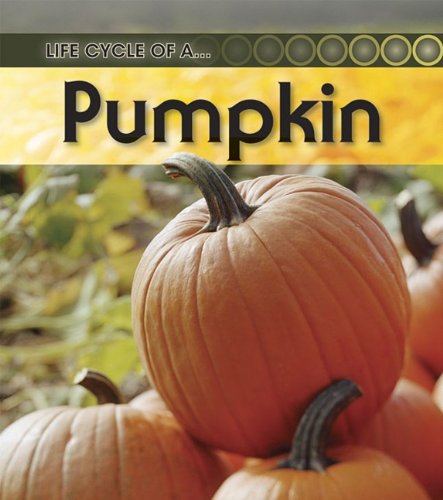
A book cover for Pumpkin (Life Cycle of a . . .); Ron Fridell; Children's Books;